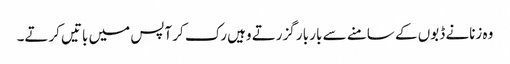
وہ زنانے ڈبوں کے سامنے سے بار بار گزرتے وہیں رک کر آپس میں باتیں کرتے۔